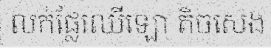
លក់ផ្លែឈើឡោ តិចសេង